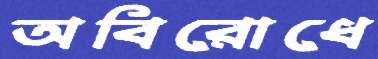
অবিরোধে